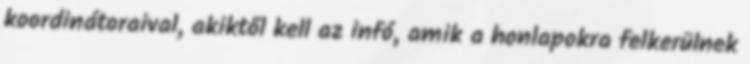
koordinátoraival, akiktől kell az infó, amik a honlapokra felkerülnek